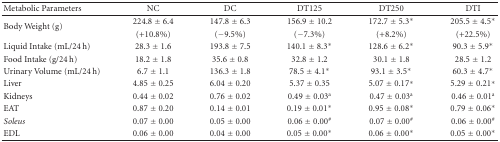
| Metabolic Parameters | NC | DC | DT125 | DT250 | DTI |
 | --- | --- | --- | --- | --- | --- |
 | <ROWSPAN=2> Body Weight (g) | 224.8 ± 6.4 | 147.8 ± 6.3 | 156.9 ± 10.2 | 172.7 ± 5.3* | 205.5 ± 4.5* |
 | (+10.8%) | (−9.5%) | (−7.3%) | (+8.2%) | (+22.5%) |
 | Liquid Intake (mL/24 h) | 28.3 ± 1.6 | 193.8 ± 7.5 | 140.1 ± 8.3* | 128.6 ± 6.2* | 90.3 ± 5.9* |
 | Food Intake (g/24 h) | 18.2 ± 1.8 | 35.6 ± 0.8 | 32.8 ± 1.2 | 30.1 ± 1.8 | 28.5 ± 1.2 |
 | Urinary Volume (mL/24 h) | 6.7 ± 1.1 | 136.3 ± 1.8 | 78.5 ± 4.1* | 93.1 ± 3.5* | 60.3 ± 4.7* |
 | Liver | 4.85 ± 0.25 | 6.04 ± 0.20 | 5.37 ± 0.35 | 5.07 ± 0.17* | 5.29 ± 0.21* |
 | Kidneys | 0.44 ± 0.02 | 0.76 ± 0.02 | 0.49 ± 0.03a | 0.47 ± 0.03a | 0.46 ± 0.01a |
 | EAT | 0.87 ± 0.20 | 0.14 ± 0.01 | 0.19 ± 0.01* | 0.95 ± 0.08* | 0.79 ± 0.06* |
 | Soleus | 0.07 ± 0.00 | 0.05 ± 0.00 | 0.06 ± 0.00# | 0.07 ± 0.00# | 0.06 ± 0.00# |
 | EDL | 0.06 ± 0.00 | 0.04 ± 0.00 | 0.05 ± 0.00* | 0.06 ± 0.00* | 0.05 ± 0.00* |